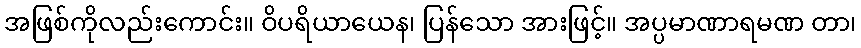
အဖြစ်ကိုလည်းကောင်း။ ဝိပရိယာယေန၊ ပြန်သော အားဖြင့်။ အပ္ပမာဏာရမဏ တာ၊